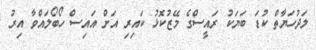
ލަދުހަޔާތް ކުޑަ ބަޔަކު ރައީސްގެ މޭޒުކޮޅު ކައިރި އަށް އައިސް ހޯބޯލައްވާ އިރު